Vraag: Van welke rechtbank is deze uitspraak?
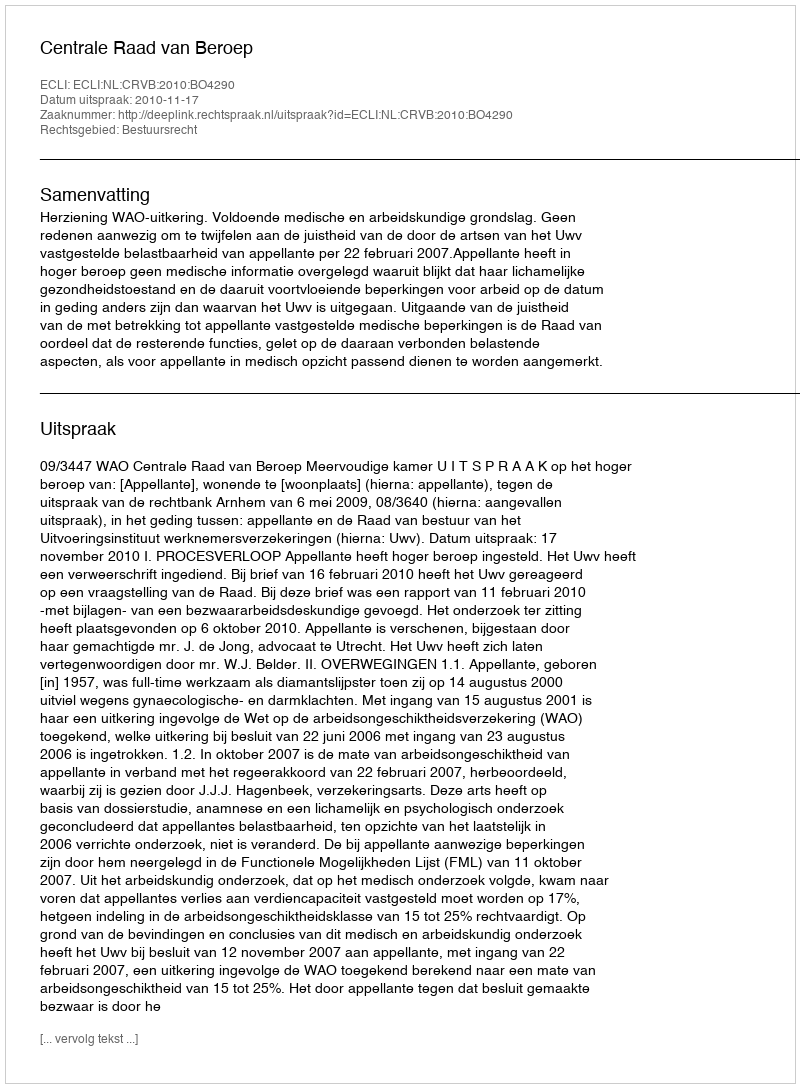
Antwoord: Centrale Raad van Beroep